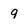
Character: 9